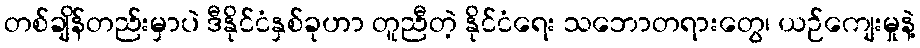
တစ်ချိန်တည်းမှာပဲ ဒီနိုင်ငံနှစ်ခုဟာ တူညီတဲ့ နိုင်ငံရေး သဘောတရားတွေ၊ ယဉ်ကျေးမှုနဲ့